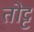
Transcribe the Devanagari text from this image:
तोट्ट